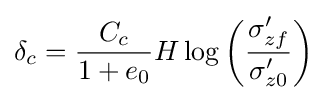
\delta _{c}={\frac {C_{c}}{1+e_{0}}}H\log \left({\frac {\sigma _{zf}'}{\sigma _{z0}'}}\right)\